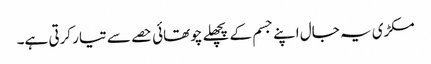
مکڑی یہ جال اپنے جسم کے پچھلے چوتھائی حصے سے تیار کرتی ہے۔